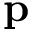
\bf { p }